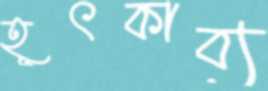
হূৎকাব্য